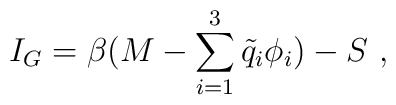
I_G=\beta(M-\sum_{i=1}^3{\tilde q}_i\phi_i)-S \ ,